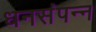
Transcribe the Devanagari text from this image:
धनसंपन्न